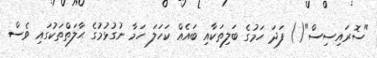
"ސޮރައިސިސް"() ފަދަ ހަމުގެ ބަލިތަކާއި ބައެއް ކަހަލަ ހަމާ ނުގުޅުމުގެ ޙާލަތްތަކުގައި ވެސް